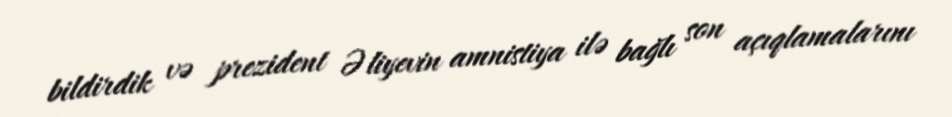
bildirdik və prezident Əliyevin amnistiya ilə bağlı son açıqlamalarını